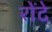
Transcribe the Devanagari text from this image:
रोंदे